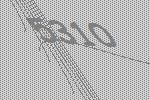
5310